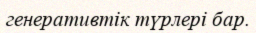
генеративтік түрлері бар.